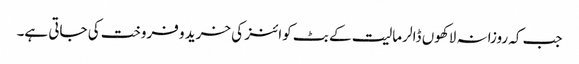
جب کہ روزانہ لاکھوں ڈالر مالیت کے بٹ کوائنز کی خرید و فروخت کی جاتی ہے۔